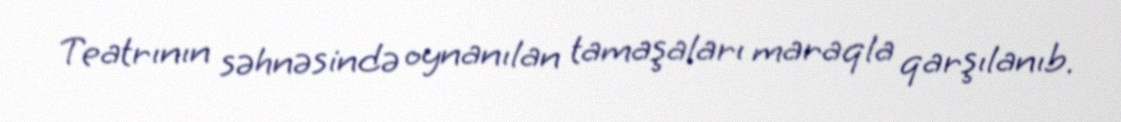
Teatrının səhnəsində oynanılan tamaşaları maraqla qarşılanıb.